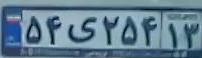
۵۴ی۲۵۴۱۳